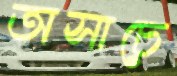
অসাচে